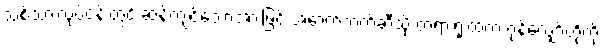
သစ်သားလုပ်ငန်းတွင် ဆန့်ကျင်သောအားဖြင့် အောက်ဘက်ဆီသို့ တရားရုံးထဲက ဂုန်လျှော်တို့ကို